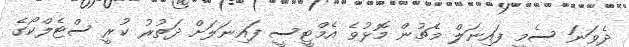
ދެވަނަ ސެމީ ފައިނަލް މެޗުން މޮޅުވެ އެމްޓީސީ ފައިނަލަށް ދަތުރު ކުރީ ސްޓެލްކޯގެ